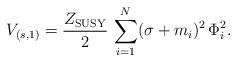
LaTeX: \begin{align*}V_{(s,1)}={Z_{\rm SUSY}\over 2}\, \sum_{i=1}^{N}(\sigma + m_{i})^{2}\, \Phi_{i}^{2}.\end{align*}